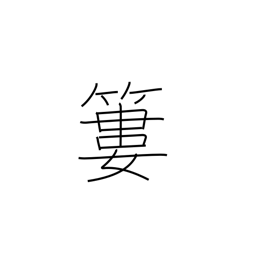
Meaning: bamboo basket